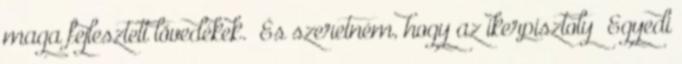
maga fejlesztett lövedékek. És szeretném, hogy az ikerpisztoly „Egyedi